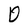
Character: D